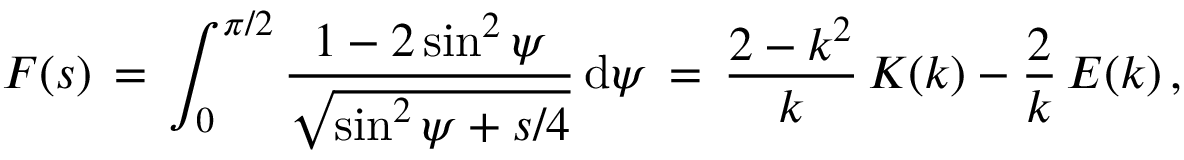
F ( s ) \, = \, \int _ { 0 } ^ { \pi / 2 } \frac { 1 - 2 \sin ^ { 2 } \psi } { \sqrt { \sin ^ { 2 } \psi + s / 4 } } \, \mathrm { d } \psi \, = \, \frac { 2 - k ^ { 2 } } { k } \, K ( k ) - \frac { 2 } { k } \, E ( k ) \, ,